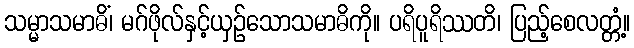
သမ္မာသမာဓိံ၊ မဂ်ဖိုလ်နှင့်ယှဉ်သောသမာဓိကို။ ပရိပူရိဿတိ၊ ပြည့်စေလတ္တံ့။